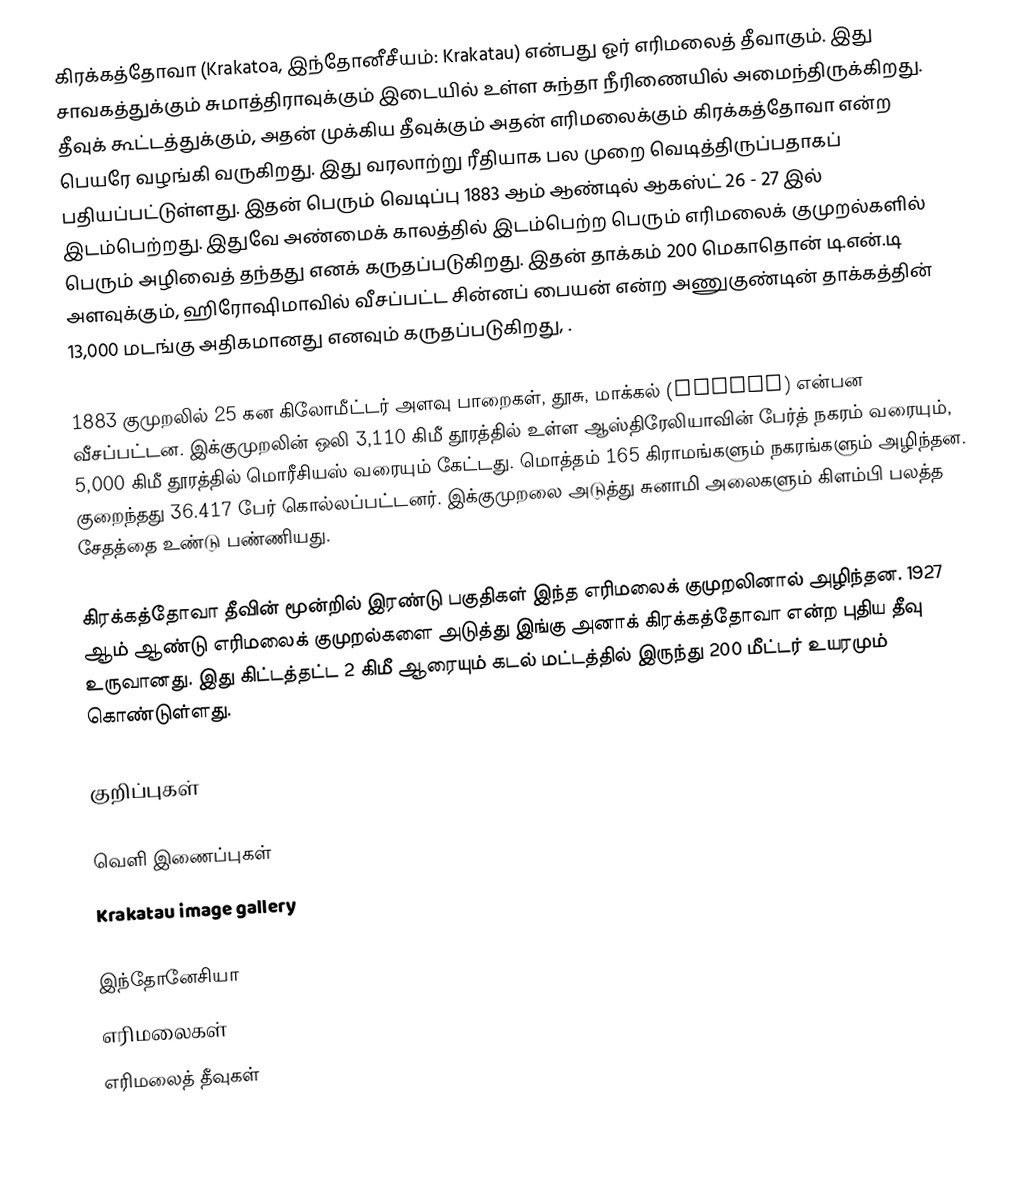
கிரக்கத்தோவா (Krakatoa, இந்தோனீசீயம்: Krakatau) என்பது ஓர் எரிமலைத் தீவாகும். இது சாவகத்துக்கும் சுமாத்திராவுக்கும் இடையில் உள்ள சுந்தா நீரிணையில் அமைந்திருக்கிறது. தீவுக் கூட்டத்துக்கும், அதன் முக்கிய தீவுக்கும் அதன் எரிமலைக்கும் கிரக்கத்தோவா என்ற பெயரே வழங்கி வருகிறது. இது வரலாற்று ரீதியாக பல முறை வெடித்திருப்பதாகப் பதியப்பட்டுள்ளது. இதன் பெரும் வெடிப்பு 1883 ஆம் ஆண்டில் ஆகஸ்ட் 26 - 27 இல் இடம்பெற்றது. இதுவே அண்மைக் காலத்தில் இடம்பெற்ற பெரும் எரிமலைக் குமுறல்களில் பெரும் அழிவைத் தந்தது எனக் கருதப்படுகிறது. இதன் தாக்கம் 200 மெகாதொன் டி.என்.டி அளவுக்கும், ஹிரோஷிமாவில் வீசப்பட்ட சின்னப் பையன் என்ற அணுகுண்டின் தாக்கத்தின் 13,000 மடங்கு அதிகமானது எனவும் கருதப்படுகிறது, .

1883 குமுறலில் 25 கன கிலோமீட்டர் அளவு பாறைகள், தூசு, மாக்கல் (pumice) என்பன வீசப்பட்டன. இக்குமுறலின் ஒலி 3,110 கிமீ தூரத்தில் உள்ள ஆஸ்திரேலியாவின் பேர்த் நகரம் வரையும், 5,000 கிமீ தூரத்தில் மொரீசியஸ் வரையும் கேட்டது. மொத்தம் 165 கிராமங்களும் நகரங்களும் அழிந்தன. குறைந்தது 36.417 பேர் கொல்லப்பட்டனர். இக்குமுறலை அடுத்து சுனாமி அலைகளும் கிளம்பி பலத்த சேதத்தை உண்டு பண்ணியது.

கிரக்கத்தோவா தீவின் மூன்றில் இரண்டு பகுதிகள் இந்த எரிமலைக் குமுறலினால் அழிந்தன. 1927 ஆம் ஆண்டு எரிமலைக் குமுறல்களை அடுத்து இங்கு அனாக் கிரக்கத்தோவா என்ற புதிய தீவு உருவானது. இது கிட்டத்தட்ட 2 கிமீ ஆரையும் கடல் மட்டத்தில் இருந்து 200 மீட்டர் உயரமும் கொண்டுள்ளது.

குறிப்புகள்

வெளி இணைப்புகள்
 Krakatau image gallery

இந்தோனேசியா
எரிமலைகள்
எரிமலைத் தீவுகள்